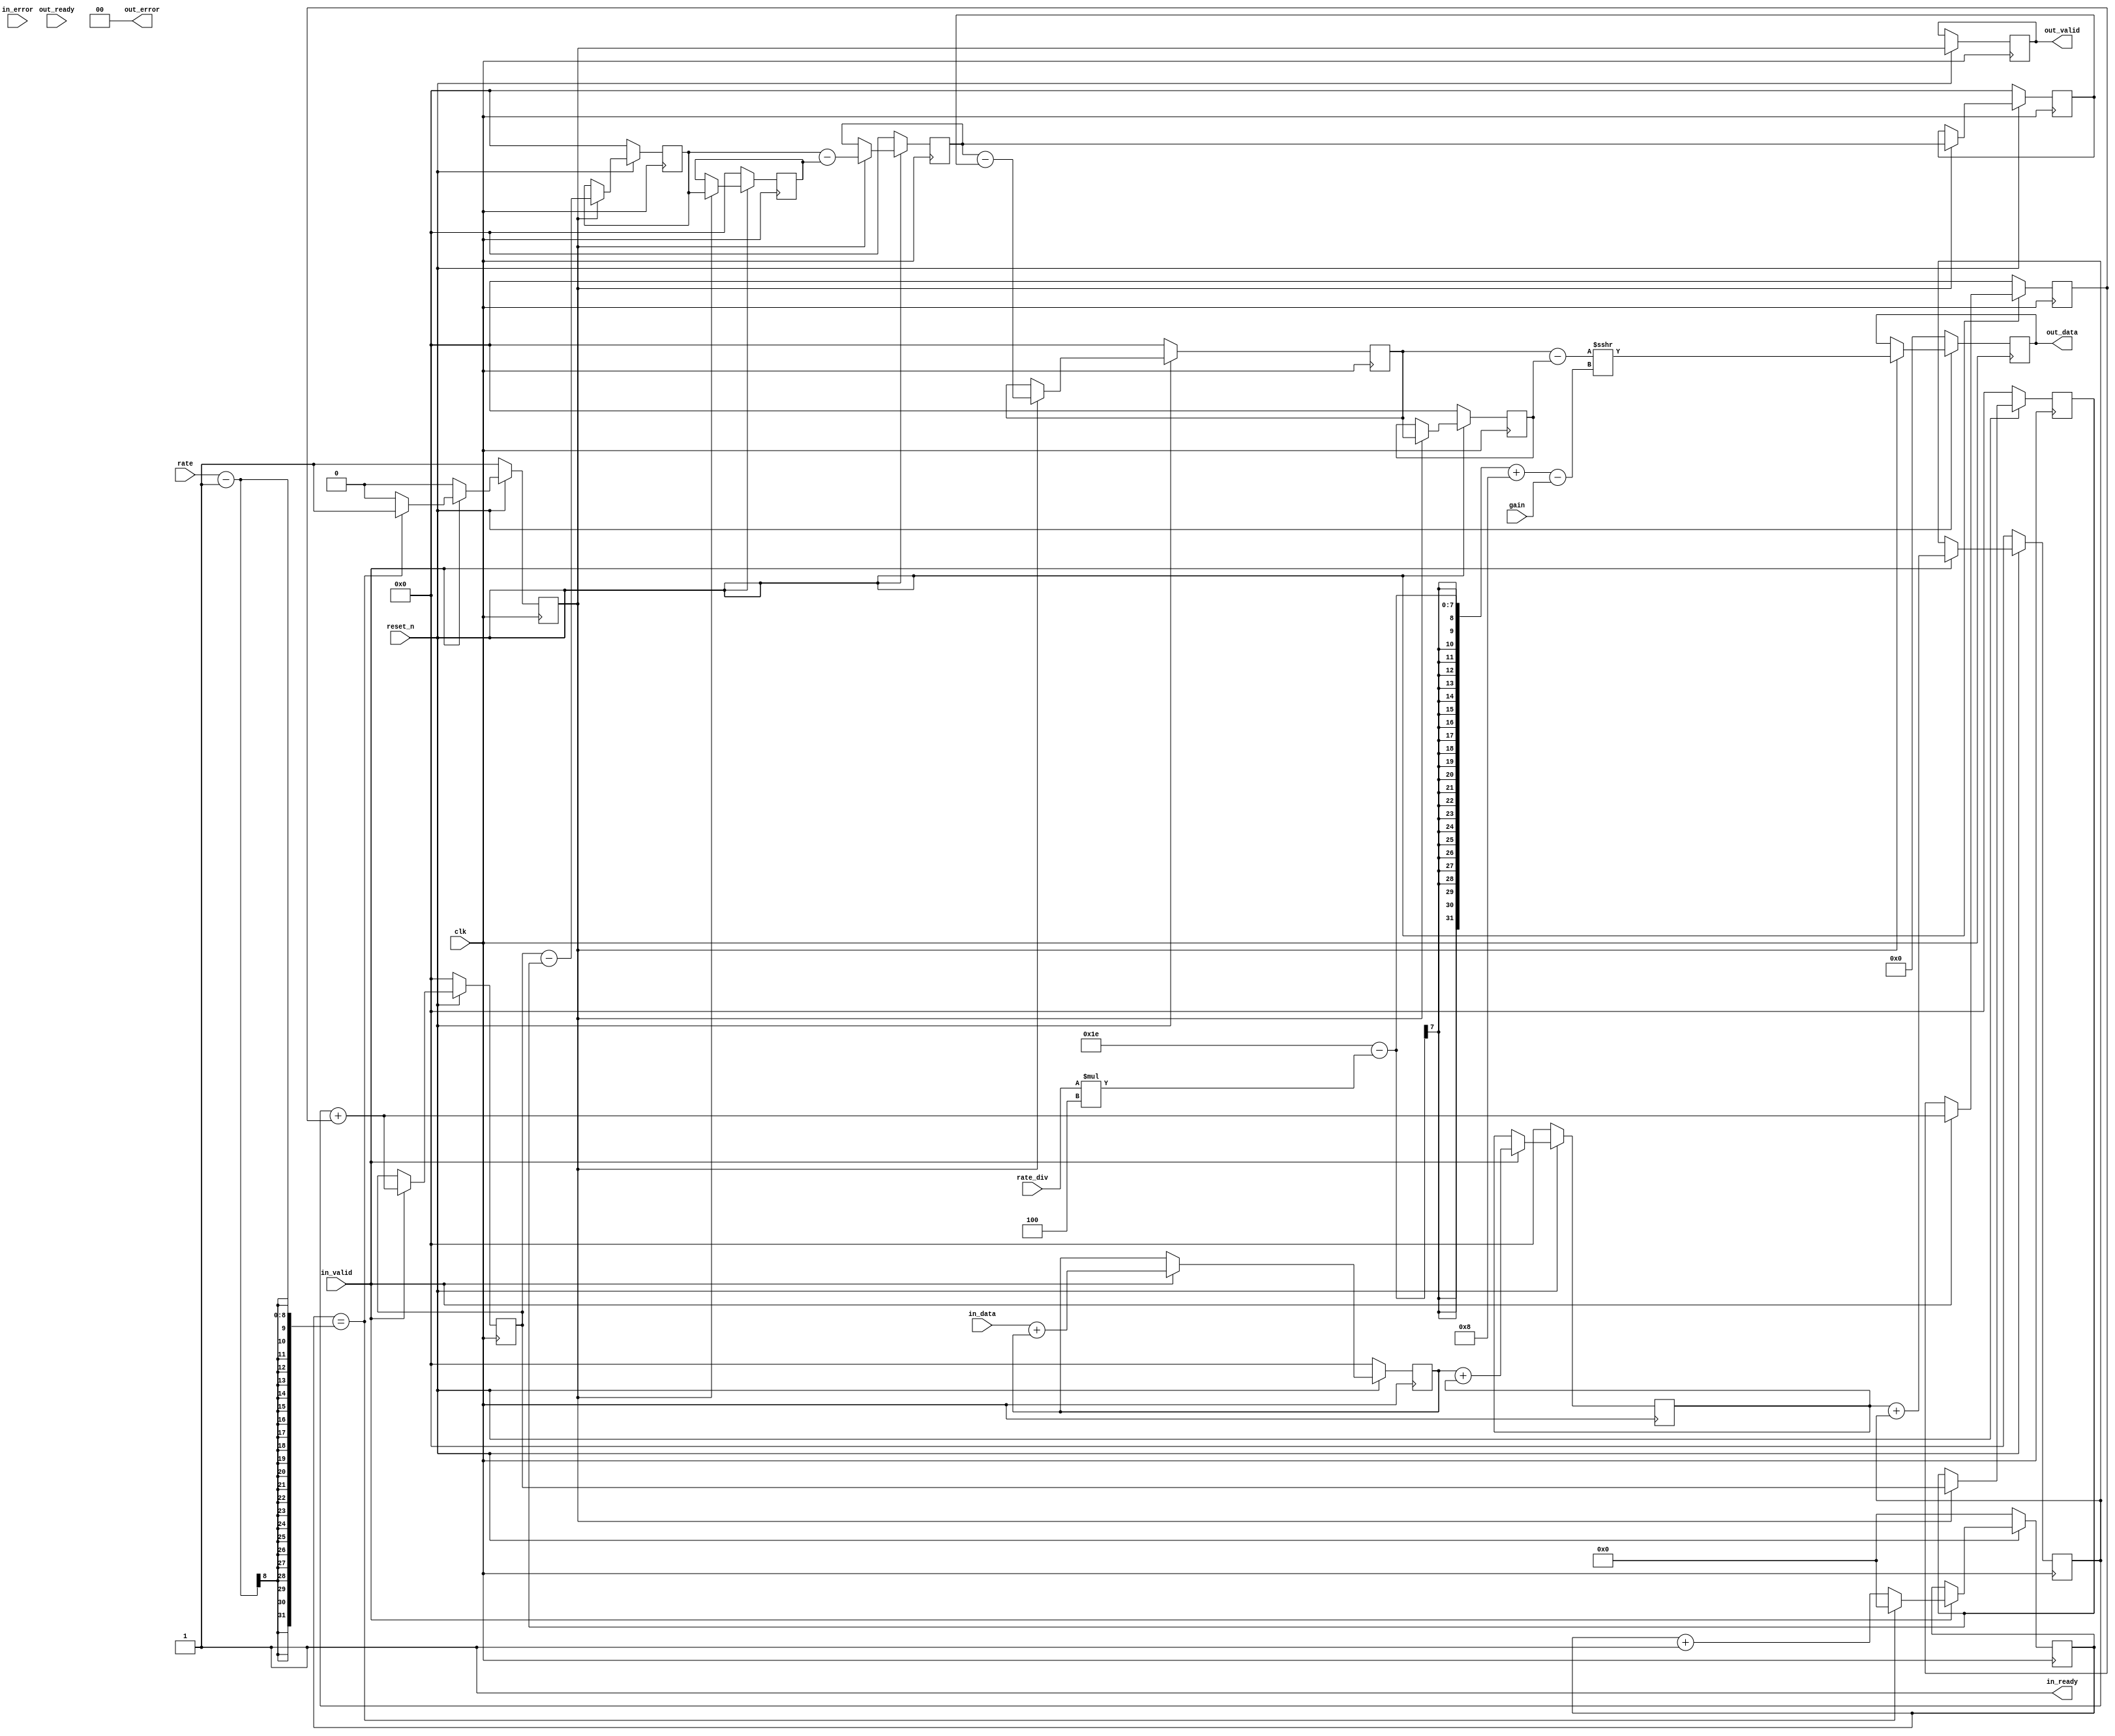
`timescale 1ns/1ns


module MyCIC
 #(
	parameter NUM_STAGES = 4,
	parameter MAX_RATE = 160,
	parameter DATA_WIDTH = 19
 )
(
	input wire clk,
	input wire reset_n,
	
	input wire [7:0] rate,
	input wire [3:0] rate_div,
	input wire [4:0] gain,
	
	input wire [1:0] in_error,
	input wire in_valid,
	output wire in_ready,
	input wire signed [DATA_WIDTH-1:0] in_data,

	output reg signed [DATA_WIDTH-1:0] out_data,
	output wire [1:0] out_error,
	output reg out_valid,
	input wire out_ready
);

	
	function integer clog2;
		input integer value;
		begin
			value = value - 1;
			for (clog2 = 0; value > 0; clog2 = clog2 + 1)
				value = value >> 1;
		end
	endfunction

	
	localparam RATE_WIDTH = clog2(MAX_RATE);
	localparam SCALE_WIDTH = clog2(MAX_RATE**NUM_STAGES);
	localparam WIDTH = SCALE_WIDTH + DATA_WIDTH;

	
	integer i;

	reg signed [WIDTH-1:0] integ [0:NUM_STAGES];
	reg signed [WIDTH-1:0] diff [0:NUM_STAGES];
	reg signed [WIDTH-1:0] diff_d [0:NUM_STAGES];

	reg [RATE_WIDTH-1:0] count;
	reg next_out_valid;

	
	assign in_ready = 1'b1;
	assign out_error = 2'b00;
	
	always @(posedge clk)
	begin
		if (~reset_n)
		begin
			for (i = 1; i <= NUM_STAGES; i = i + 1) begin
				integ[i] <= 0;
			end
			
			diff[1] <= 0;
		end else if (in_valid)
		begin
			integ[1] <= in_data + integ[1];
			
			for (i = 2; i <= NUM_STAGES; i = i + 1) begin
				integ[i] <= integ[i-1] + integ[i];
			end
			
			diff[1] <= integ[NUM_STAGES-1] + integ[NUM_STAGES];
		end
	end
	
	always @(posedge clk)
	begin
		if (~reset_n)
		begin
			count <= 0;
			next_out_valid <= 1'b1;
		end else if (in_valid)
		begin			
			if (count == rate - 1)
			begin
				count <= 0;
				next_out_valid <= 1'b1;
			end else
			begin
				count <= count + 1;
				next_out_valid <= 1'b0;
			end
		end else
		begin
			next_out_valid <= 1'b0;
		end
	end
	
	always @(posedge clk)
	begin
		if (~reset_n)
		begin
			for (i = 1; i <= NUM_STAGES; i = i + 1) begin
				diff_d[i] <= 0;
			end
			
			for (i = 2; i <= NUM_STAGES; i = i + 1) begin
				diff[i] <= 0;
			end
			
			out_data <= 0;
		end else
		begin
			out_valid <= next_out_valid;
		
			if (next_out_valid)
			begin
				for (i = 1; i <= NUM_STAGES; i = i + 1) begin
					diff_d[i] <= diff[i];
				end
			
				for (i = 2; i <= NUM_STAGES; i = i + 1) begin
					diff[i] <= diff[i-1] - diff_d[i-1];
				end
								
				out_data <= (diff[NUM_STAGES] - diff_d[NUM_STAGES]) >>> (SCALE_WIDTH - rate_div * NUM_STAGES + 8 - gain);
			end
		end
	end
	
endmodule